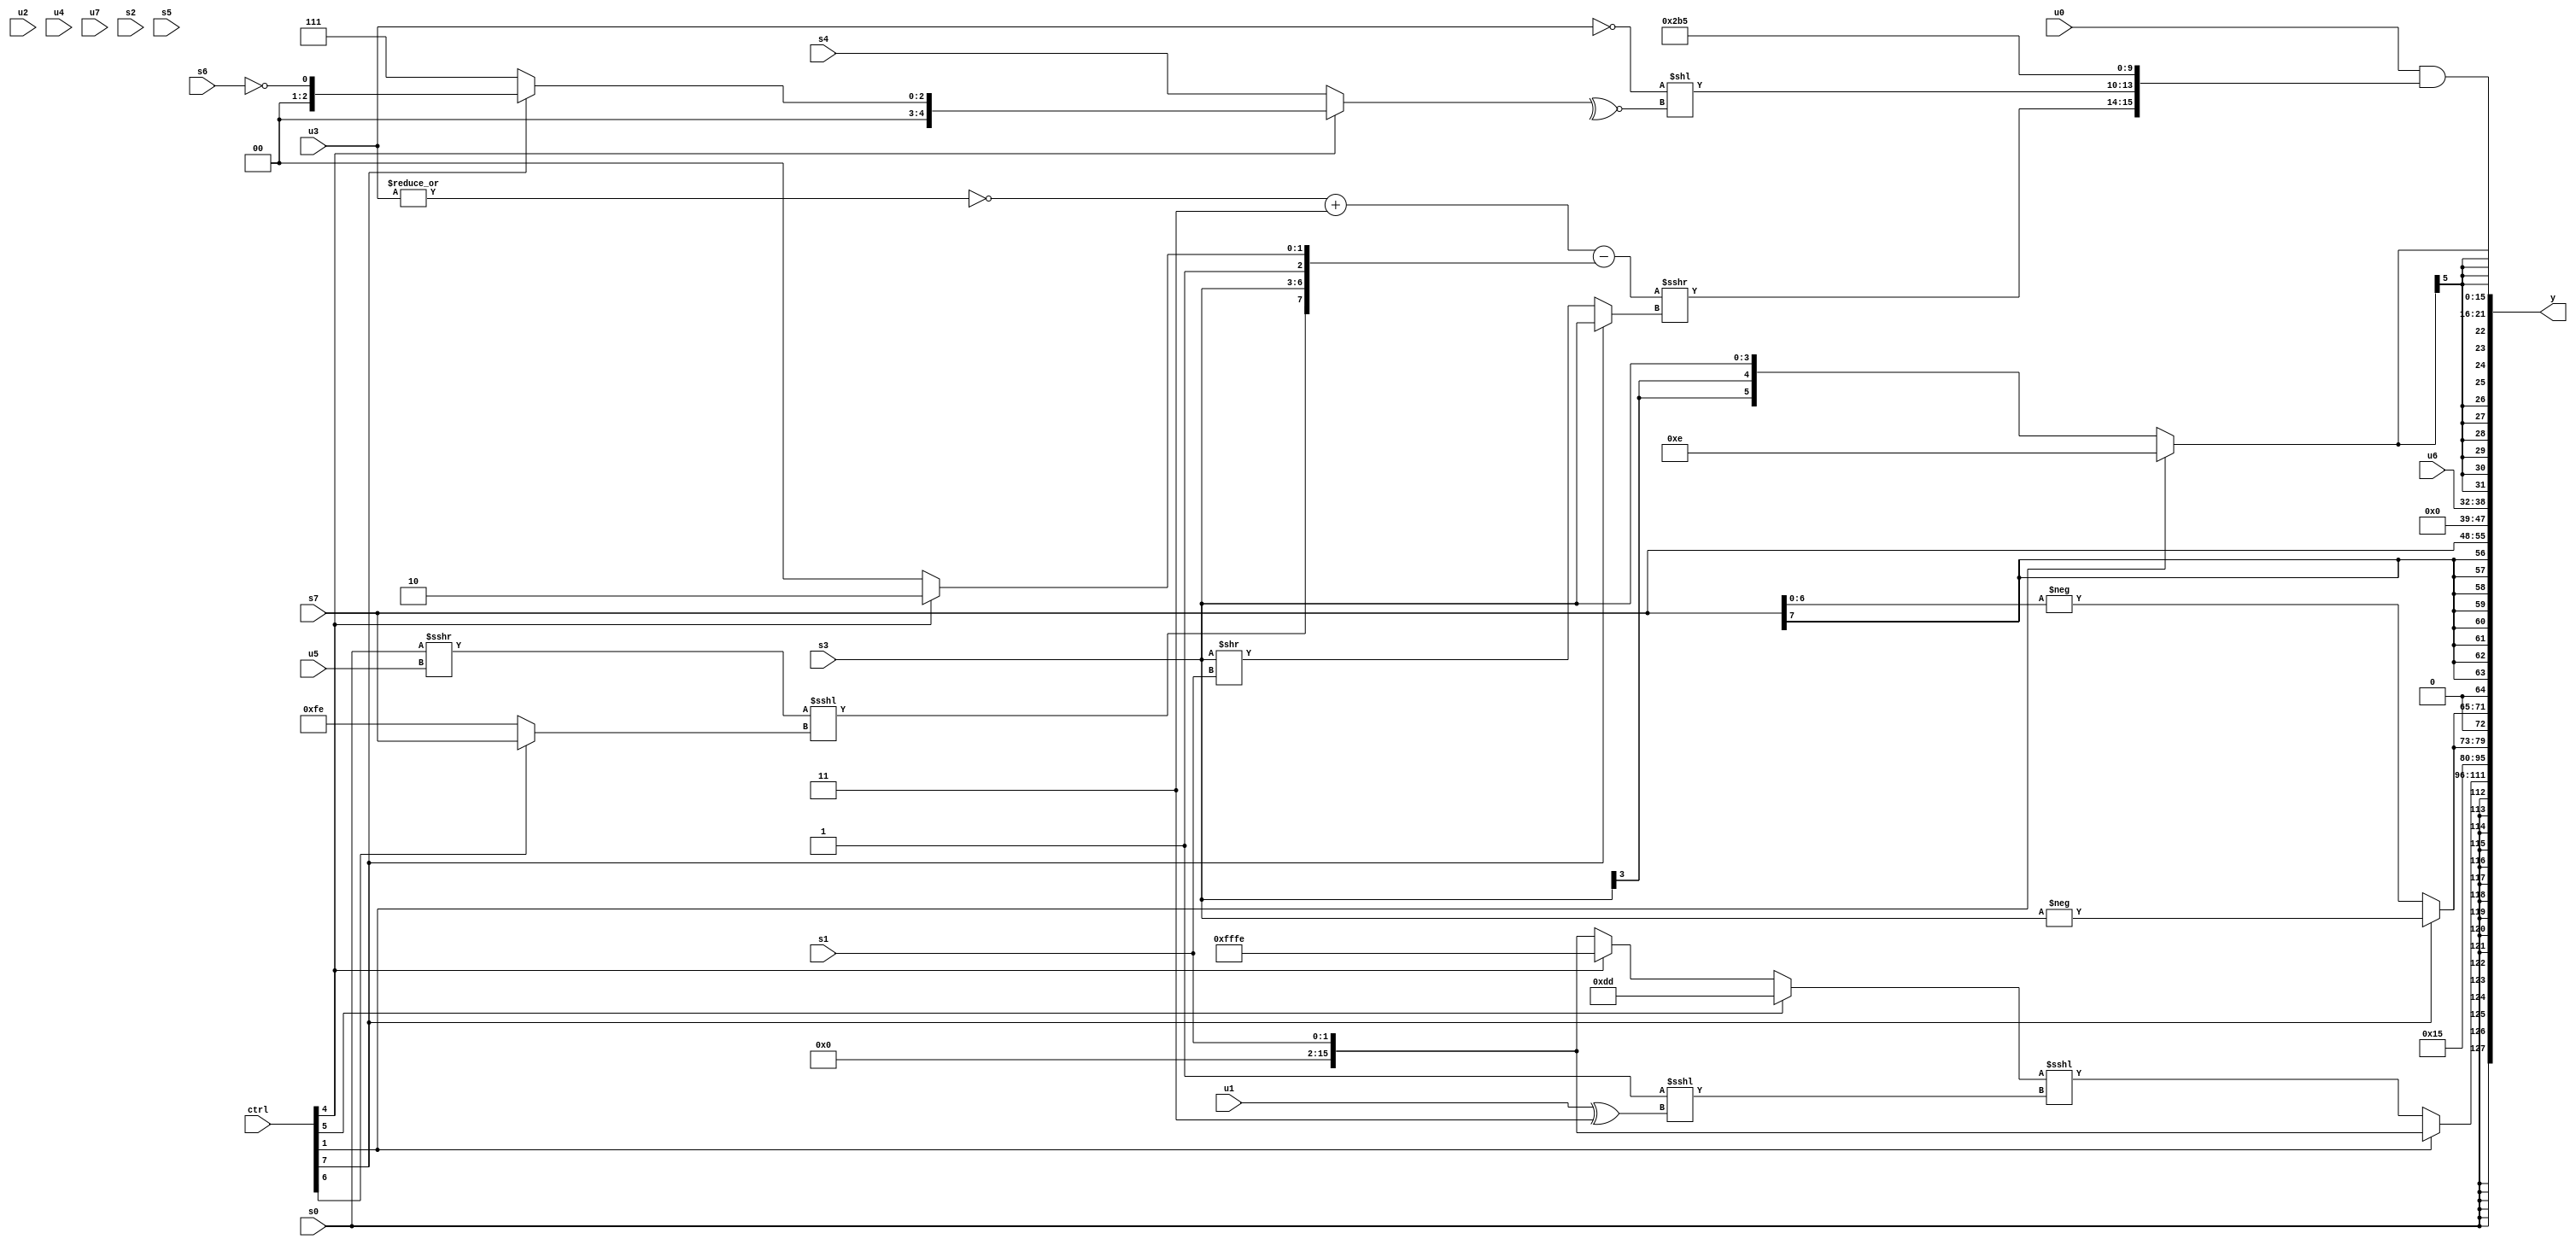
module wideexpr_00504(ctrl, u0, u1, u2, u3, u4, u5, u6, u7, s0, s1, s2, s3, s4, s5, s6, s7, y);
  input [7:0] ctrl;
  input [0:0] u0;
  input [1:0] u1;
  input [2:0] u2;
  input [3:0] u3;
  input [4:0] u4;
  input [5:0] u5;
  input [6:0] u6;
  input [7:0] u7;
  input signed [0:0] s0;
  input signed [1:0] s1;
  input signed [2:0] s2;
  input signed [3:0] s3;
  input signed [4:0] s4;
  input signed [5:0] s5;
  input signed [6:0] s6;
  input signed [7:0] s7;
  output [127:0] y;
  wire [15:0] y0;
  wire [15:0] y1;
  wire [15:0] y2;
  wire [15:0] y3;
  wire [15:0] y4;
  wire [15:0] y5;
  wire [15:0] y6;
  wire [15:0] y7;
  assign y = {y0,y1,y2,y3,y4,y5,y6,y7};
  assign y0 = s0;
  assign y1 = (ctrl[1]?s1:((ctrl[5]?+({2{(1'sb0)^~(4'sb0010)}}):(ctrl[4]?-(2'sb10):s1)))<<<((~&(3'sb011))<<<({$unsigned((u1)^(3'sb011))})));
  assign y2 = +($signed(+(6'b010101)));
  assign y3 = {4{$signed(((ctrl[7]?-(s3):-(s7)))<<(1'sb1))}};
  assign y4 = s7;
  assign y5 = u6;
  assign y6 = (ctrl[1]?6'sb001110:s3);
  assign y7 = (u0)&({{(((~|(u3))+(2'sb11))-({((s0)>>>(u5))<<<((ctrl[6]?s7:2'sb10)),s3,$signed((ctrl[4]?2'sb10:3'sb100))}))>>>($signed((ctrl[7]?$signed($signed(s3)):(s3)>>(+(s1)))))},($signed(~(u3)))<<($signed(~^((ctrl[4]?(ctrl[7]?!(s6):$signed(4'sb0111)):s4)))),{2{+($signed(5'b10101))}}});
endmodule